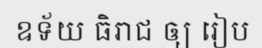
ឧទ័យ ធិរាជ ឲ្យ រៀប